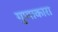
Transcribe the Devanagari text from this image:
गुणाकारा